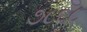
૭૮૬૮